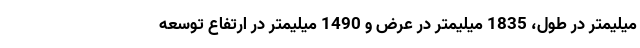
میلیمتر در طول، 1835 میلیمتر در عرض و 1490 میلیمتر در ارتفاع توسعه